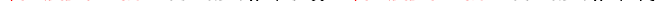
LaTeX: \smash{\ensuremath{\mathrm{\ textsl{v}}_{0}}^{2}/\upsilon\gg\ensuremath{\mathrm{\ textsl{v}}_{0}}^{2}/\gamma_{s}}